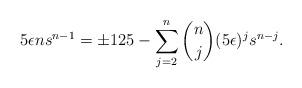
LaTeX: \begin{align*} 5\epsilon ns^{n-1} = \pm 125 - \sum_{j=2}^{n} \binom{n}{j}(5\epsilon)^js^{n-j}.\end{align*}